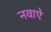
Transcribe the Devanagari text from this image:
नवाऐ